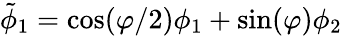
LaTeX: \tilde{\phi}_{1}=\cos(\varphi/2)\phi_{1}+\sin(\varphi)\phi_{2}